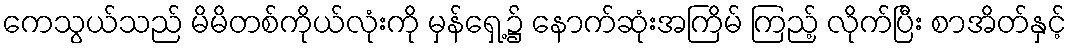
ကေသွယ်သည် မိမိတစ်ကိုယ်လုံးကို မှန်ရှေ့၌ နောက်ဆုံးအကြိမ် ကြည့် လိုက်ပြီး စာအိတ်နှင့်